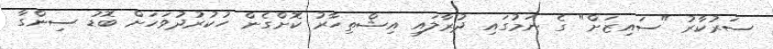
ސަރުކާރު "ސައިޒަށް" ގެ ނަމުގައި ދުރާލައި އިޝްތިހާރު ކޮށްގެން ހުކުރުދުވަހަށް ބޮޑު ސިންގާ